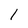
Character: 1